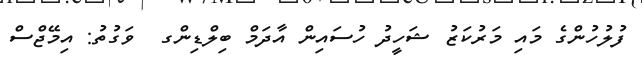
ފުލުހުންގެ މައި މަރުކަޒު ޝަހީދު ހުސައިން އާދަމް ބިލްޑިންގ  ވަގުތު: އިމޭޖްސް